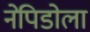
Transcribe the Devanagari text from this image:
नेपिडोला